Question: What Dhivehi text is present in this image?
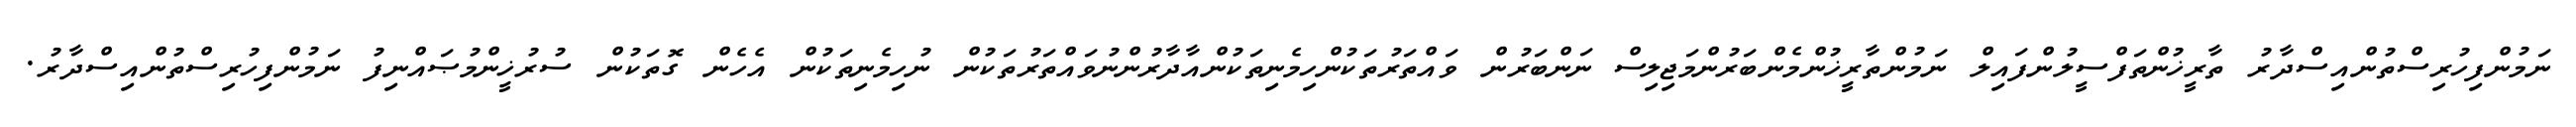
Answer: ނަމުންފިހުރިސްތުންއިސްދާރު ތާރީޚުންތަފްސީލުންފައިލް ނަމުންތާރީޚުންމެންބަރުންމަޖިލިސް ނަންބަރުން ވައްތަރުތަކުންހިމެނިތަކުންއާދާރުންނުވައްތަރުތަކުން ނުހިމެނިތަކުން އެހެން ގޮތަކުން ސުރުޚީންމުޞައްނިފު ނަމުންފިހުރިސްތުންއިސްދާރު.